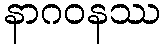
နာဂဝနဿ